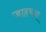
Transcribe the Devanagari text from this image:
जाहच्या